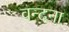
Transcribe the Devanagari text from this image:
वन्‍दना